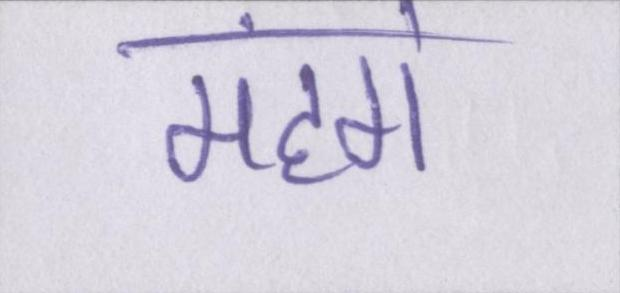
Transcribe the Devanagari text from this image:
महंगे